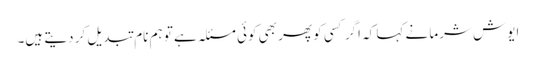
ایوش شرما نے کہا کہ اگر کسی کو پھر بھی کوئی مسئلہ ہے تو ہم نام تبدیل کر دیتے ہیں۔